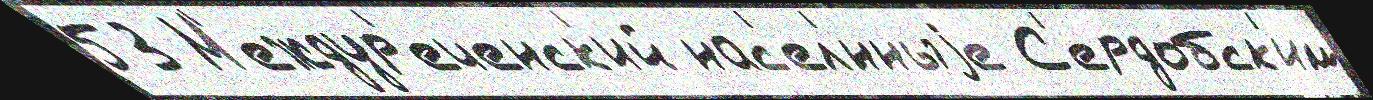
53 М'еждур'еченск'ий нас'ел'́нныjе С'ердобск'им